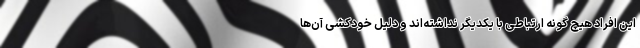
این افراد هیچ گونه ارتباطی با یکدیگر نداشته‌اند و دلیل خودکشی آن‌ها